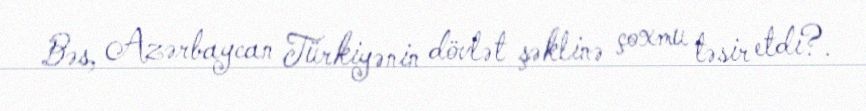
Bəs, Azərbaycan Türkiyənin dövlət şəklinə çoxmu təsir etdi?.